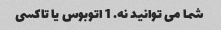
شما می توانید نه. 1 اتوبوس یا تاکسی